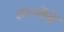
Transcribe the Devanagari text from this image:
ज्ञानकेंद्रे